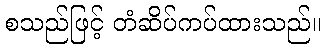
စသည်ဖြင့် တံဆိပ်ကပ်ထားသည်။